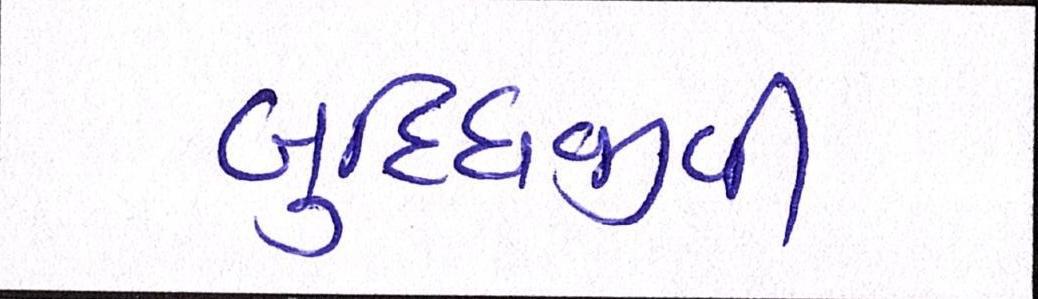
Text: બુધ્ધિજીવી